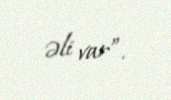
əli var”.